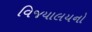
વિજયાલયનો